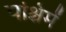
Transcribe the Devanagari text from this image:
पश्चिमें